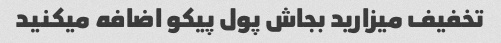
تخفیف میزارید بجاش پول پیکو اضافه میکنید